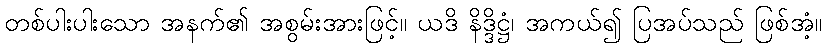
တစ်ပါးပါးသော အနက်၏ အစွမ်းအားဖြင့်။ ယဒိ နိဒ္ဒိဋ္ဌံ၊ အကယ်၍ ပြအပ်သည် ဖြစ်အံ့။